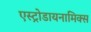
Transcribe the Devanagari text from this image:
एस्ट्रोडायनामिक्स